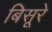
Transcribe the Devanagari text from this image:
बिसूरे